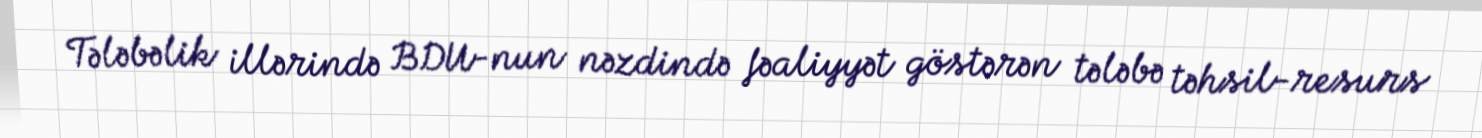
Tələbəlik illərində BDU-nun nəzdində fəaliyyət göstərən tələbə təhsil-resurs